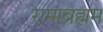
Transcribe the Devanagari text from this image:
रामाब्रह्मम